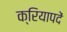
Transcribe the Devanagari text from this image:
क्रियापदें